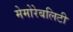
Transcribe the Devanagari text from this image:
मेमोरेबलिटी